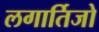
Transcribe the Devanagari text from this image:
लगार्तिजो